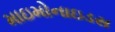
માઇમોનાઇડસ